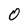
Character: 0